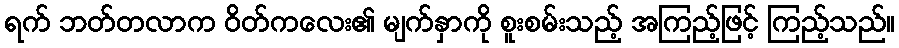
ရက် ဘတ်တလာက ဝိတ်ကလေး၏ မျက်နှာကို စူးစမ်းသည့် အကြည့်ဖြင့် ကြည့်သည်။